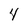
Character: 4